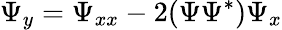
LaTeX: \Psi_{y}=\Psi_{xx}-2(\Psi\Psi^{*})\Psi_{x}